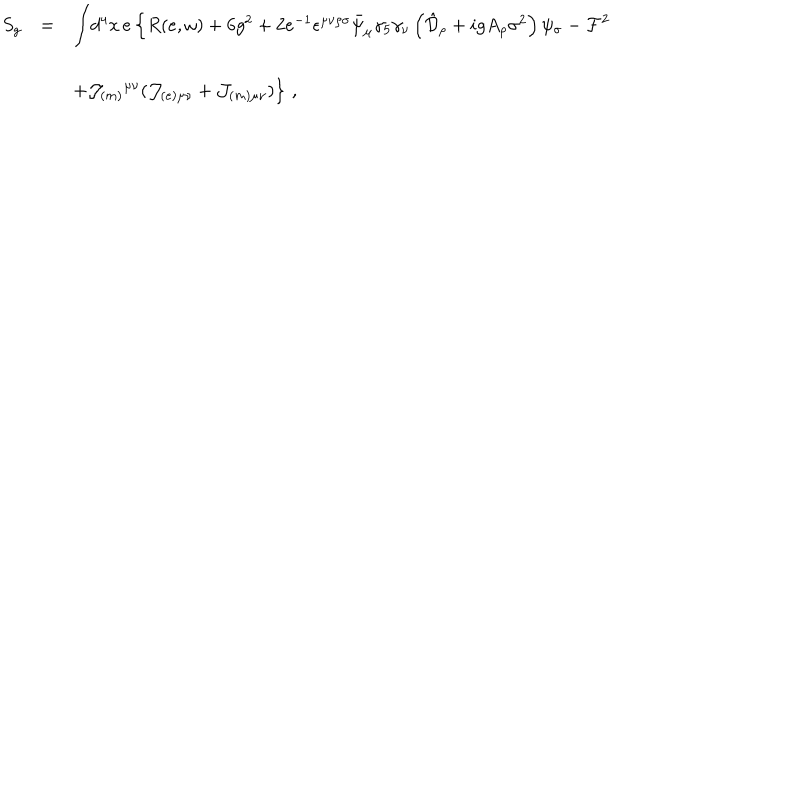
LaTeX: \begin{array} { r c l } { { S _ { g } } } & { { = } } & { { { \displaystyle \int } d ^ { 4 } x \, e \left\{ R ( e , \omega ) + 6 g ^ { 2 } + 2 e ^ { - 1 } \epsilon ^ { \mu \nu \rho \sigma } \bar { \psi } _ { \mu } \gamma _ { 5 } \gamma _ { \nu } \left( \hat { \cal D } _ { \rho } + i g A _ { \rho } \sigma ^ { 2 } \right) \psi _ { \sigma } - { \cal F } ^ { 2 } \right. } } \\ { { } } & { { } } & { { } } \\ { { } } & { { } } & { { \left. + { \cal J } _ { ( m ) } { } ^ { \mu \nu } ( { \cal J } _ { ( e ) \mu \nu } + { \cal J } _ { ( m ) \mu \nu } ) \right\} \, , } } \\ \end{array}